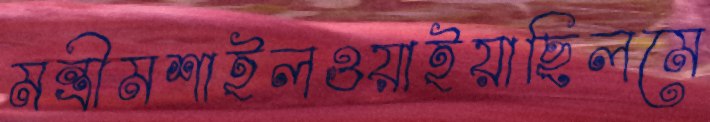
মন্ত্রীমশাইলওয়াইয়াছিলমে